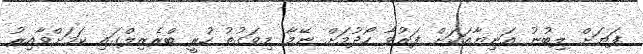
ފަޔަށް ލިބުނު އަނިޔާއަކަށް ފަރުވާ ހޯދުމަށް ނޭމާ މިވަގުތު ހުރީ ބްރެޒިލްގައި ކަމަށްވާއިރު